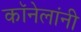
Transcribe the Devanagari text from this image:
कॉनेलांनी